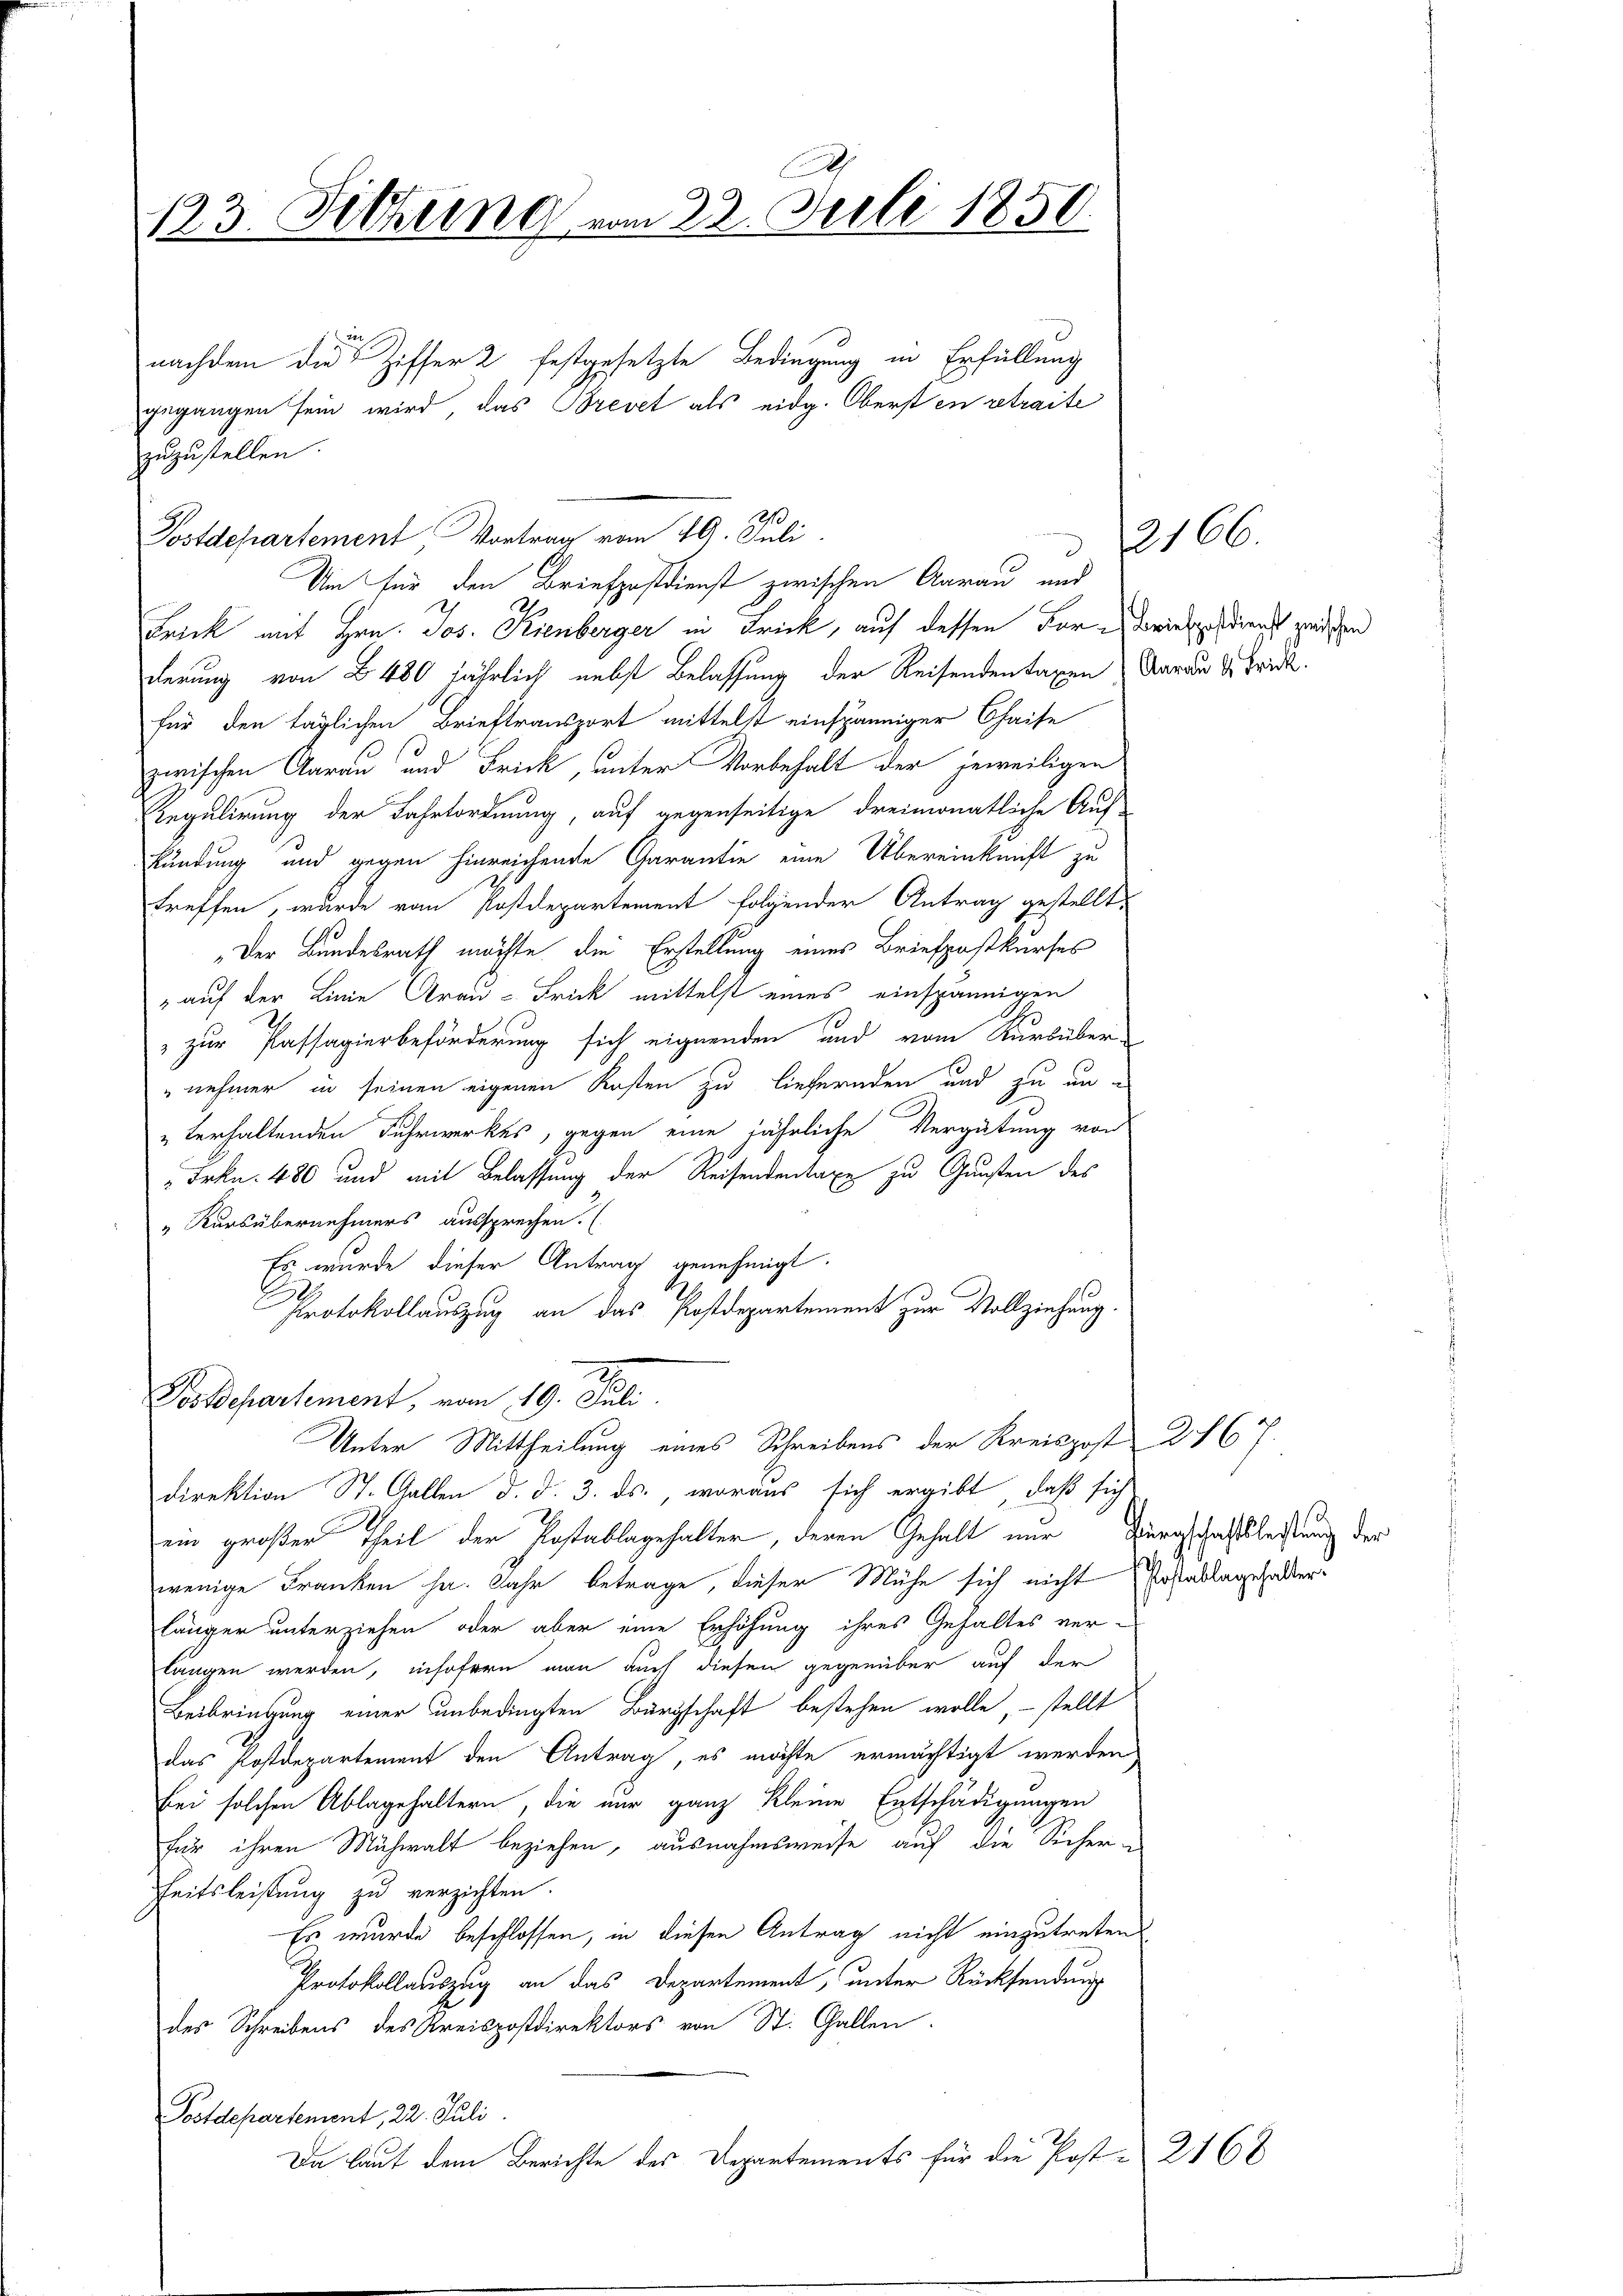
123. Sitzung vom 22. Juli 1850.

zuzustellen
Postdepartement, Vortrag vom 29. Juli.
Um für den Briefpostdienst zwischen Aarau und
Frick mit Hrn. Jos. Kienberger in Frick, auf dessen der Beispondienst werischen
derung von § 480 jährlich nebst Belassung der Reisenden Taxen Aarau & Frick.
für den täglichen Brieftransport mittelst einspänniger Chaise
zwischen Aarau und Frick, unter Vorbehalt der jeweiligen
Regulirung der Fahrtordnung, auf gegenseitige dreimonatliche Auf-
kündung und gegen hinreichende Garantie eine Übereinkunft zu
treffen, wurde von Postdepartement folgender Antrag gestellt,
„Der Bundesrath möchte die Erstellung eines Briefpostkurses
" auf der Linie Grau-Frick mittelst eines einspännigen
 zur Passagierbeförderung sich eignenden und vom Kurbüber-
"nehmer in seinen eigenen Kosten zu liefernden und zu unterhaltenden Fuhrwerkes, gegen eine jährliche Vergütung von
"Frkn. 480 und mit Belassung der Reisendentaxe zu Gunsten des
„Kursübernehmers aussprechen. (
Es wurde dieser Antrag genehmigt.
Protokollauszug an das Postdepartement zur Vollziehung
Postdepartement, vom 19. Juli.
Unter Mittheilung eines Schreibens der Kreispost 2167.
direktion St. Gallen d. d. 3. ds., woraus sich ergibt, daß sich
ein großer Theil der Postablagehalter, deren Gehalt nur Bürgschaftsleistung der
wenige Franken ha. Jahr betrage, dieser Mühe sich nicht Postablagehalter-
länger unterziehen, oder aber eine Erhöhung ihres Gehaltes ver-
längen werden, insofern man auch diesem gegenüber auf der
Beibringung einer unbedingten Bürgschaft bestehen wolle, – stellt
das Postdepartement den Antrag, es möchte ermächtigt werden
bei solchen Ablagehaltern, die nur ganz kleine Entschädigungen
für ihren Mühwalt beziehen, ausnahmsweise auf die Sicher-
Zeitsleistung zu verzichten.
Es wurde beschlossen, in diesen Antrag nicht einzutreten
Protokollauszug an das Departement, unter Rücksendung
des Schreibens des Kreispostdirektors von St. Gallen.
Potdepartement, 22. Juli.
Da laut dem Berichte des Departements für die Post-2168

nachdem die Ziffer 2 festgesetzte Bedingung in Erfüllung
gegangen sein wird, das Brevet als eidg. Oberst en retraite

d

2166.